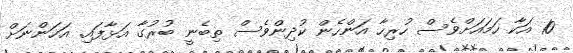
10 އަކާ ހަމައަށްވެސް ހުރިހާ އަންހެން ކުދިންވެސް ތިބެނީ ބުރުގާ އަޅާފައި. އަހަންނަށް